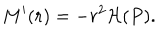
LaTeX: M ^ { \prime } ( r ) = - r ^ { 2 } { \cal H } ( P ) .